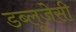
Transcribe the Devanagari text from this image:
डब्लूजेसी